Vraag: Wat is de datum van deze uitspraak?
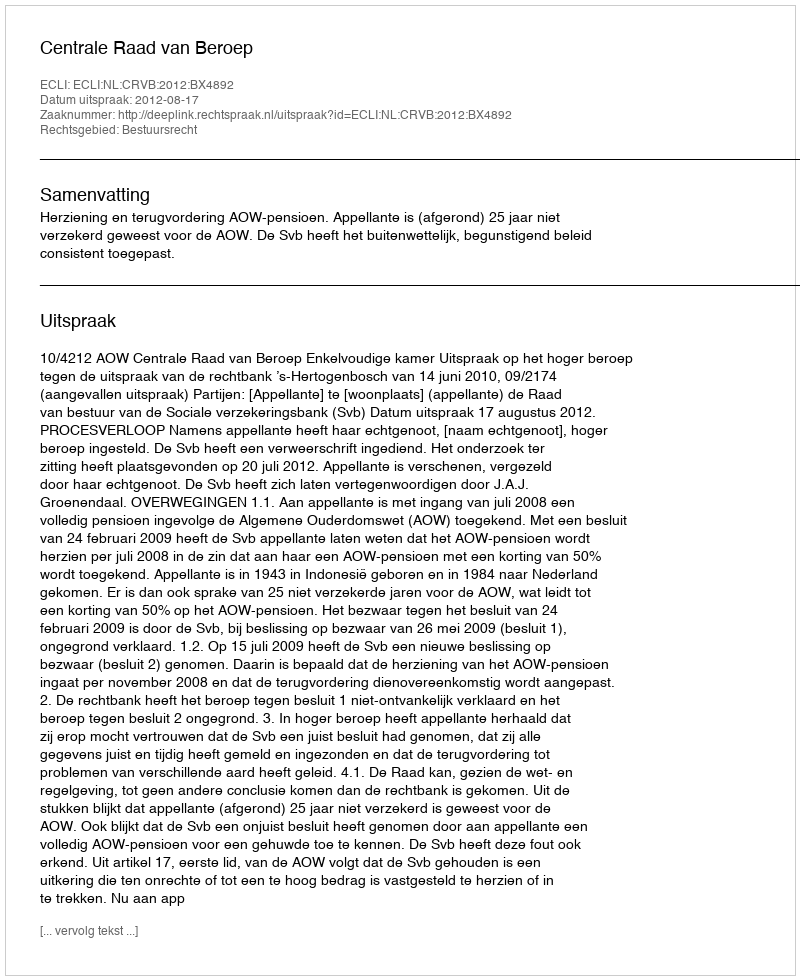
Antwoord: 2012-08-17